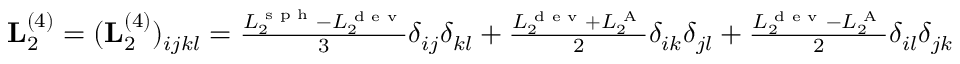
\begin{array} { r } { \mathbf L _ { 2 } ^ { ( 4 ) } = ( \mathbf L _ { 2 } ^ { ( 4 ) } ) _ { i j k l } = \frac { L _ { 2 } ^ { \textrm { s p h } } - L _ { 2 } ^ { \textrm { d e v } } } { 3 } \delta _ { i j } \delta _ { k l } + \frac { L _ { 2 } ^ { \textrm { d e v } } + L _ { 2 } ^ { \textrm { A } } } { 2 } \delta _ { i k } \delta _ { j l } + \frac { L _ { 2 } ^ { \textrm { d e v } } - L _ { 2 } ^ { \textrm { A } } } { 2 } \delta _ { i l } \delta _ { j k } } \end{array}